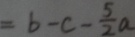
= b - c - \frac { 5 } { 2 } a